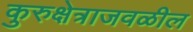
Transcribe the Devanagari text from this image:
कुरुक्षेत्राजवळील